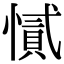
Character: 㦐